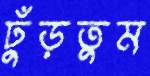
ঢুঁড়তুম